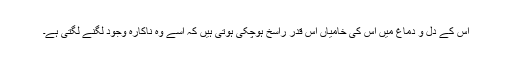
اس کے دل و دماغ میں اس کی خامیاں اس قدر راسخ ہوچکی ہوتی ہیں کہ اسے وہ ناکارہ وجود لگنے لگتی ہے۔